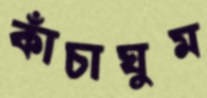
কাঁচাঘুম